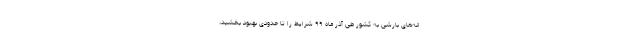
انه‌های بارشی به کشور طی آذر ماه ۹۹ شرایط را تا حدودی بهبود بخشید،